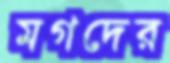
মগদের